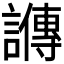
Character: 𬣋